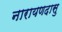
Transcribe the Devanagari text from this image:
नारायणदासु